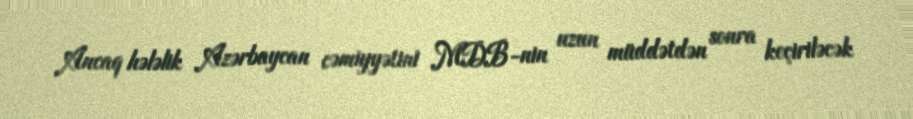
Ancaq hələlik Azərbaycan cəmiyyətini MDB-nin uzun müddətdən sonra keçiriləcək